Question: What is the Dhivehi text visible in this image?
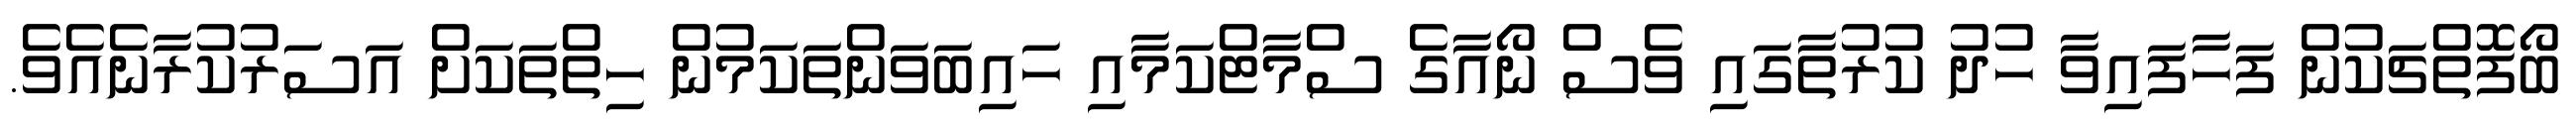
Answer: ބޯފޮތްޗަކުން ފަހާފައިވާ ހުދު ކުރުތާގައި ވެސް ނޯއާގެ ސްމާޓްކަމާއި ހައިބަވަންތަކަމުން ހިތްތަކަށް އަސަރުކުރާނެއެވެ.